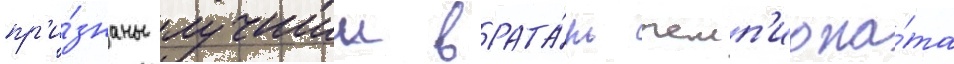
пр'и́знаны лучшии врата́рь чемп'иона́та